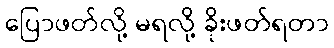
ပြောဖတ်လို့ မရလို့ ခိုးဖတ်ရတာ